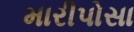
મારીપોસા